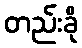
တည်းခို